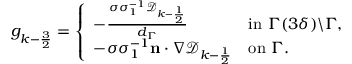
\begin{array} { r } { g _ { k - \frac { 3 } { 2 } } = \left\{ \begin{array} { l l } { - \frac { \sigma \sigma _ { 1 } ^ { - 1 } \mathcal { D } _ { k - \frac { 1 } { 2 } } } { d _ { \Gamma } } } & { \mathrm { i n ~ } \Gamma ( 3 \delta ) \backslash \Gamma , } \\ { - \sigma \sigma _ { 1 } ^ { - 1 } \mathbf { n } \cdot \nabla \mathcal { D } _ { k - \frac { 1 } { 2 } } } & { \mathrm { o n ~ } \Gamma . } \end{array} \right. } \end{array}